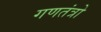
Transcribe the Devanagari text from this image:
गणतंत्रो